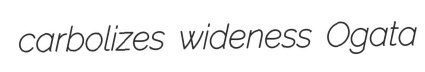
carbolizes wideness Ogata